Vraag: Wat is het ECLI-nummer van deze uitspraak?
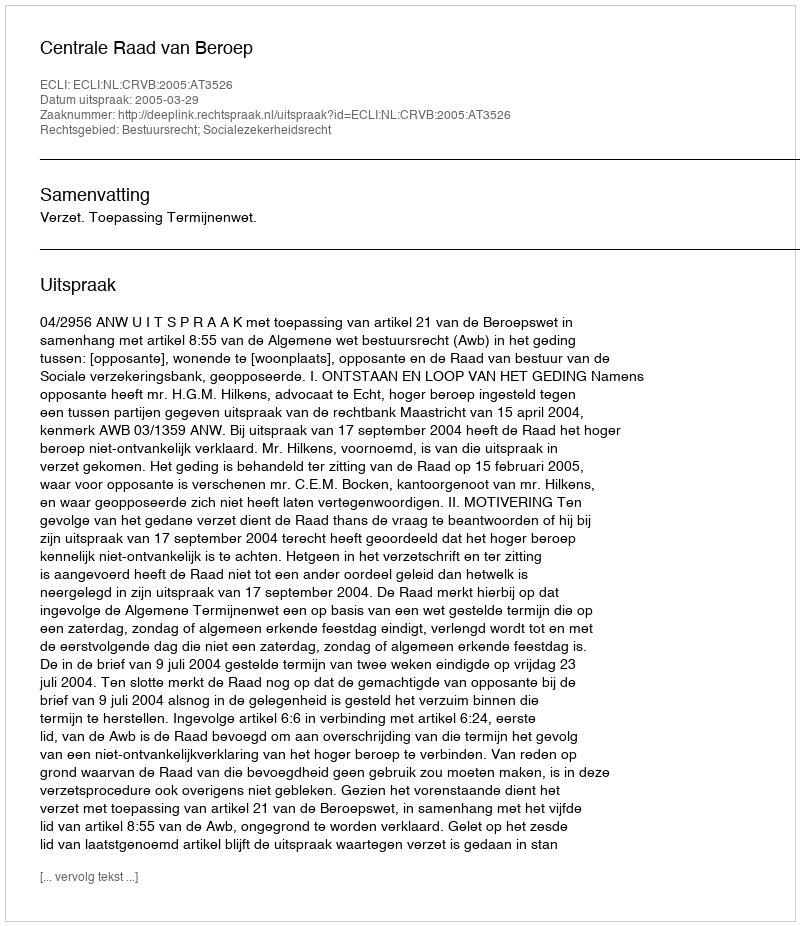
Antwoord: ECLI:NL:CRVB:2005:AT3526